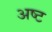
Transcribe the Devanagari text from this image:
अष्‍ट